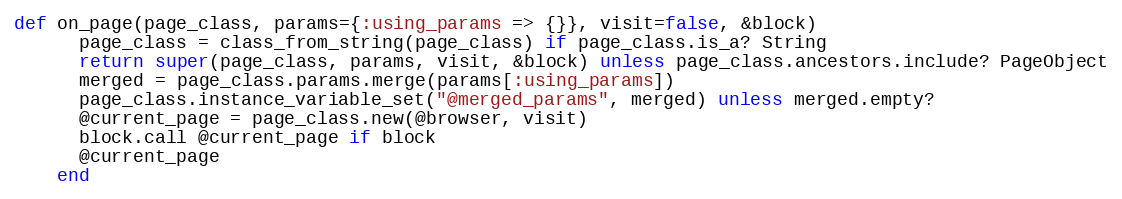
Language: Ruby
def on_page(page_class, params={:using_params => {}}, visit=false, &block)
      page_class = class_from_string(page_class) if page_class.is_a? String
      return super(page_class, params, visit, &block) unless page_class.ancestors.include? PageObject
      merged = page_class.params.merge(params[:using_params])
      page_class.instance_variable_set("@merged_params", merged) unless merged.empty?
      @current_page = page_class.new(@browser, visit)
      block.call @current_page if block
      @current_page
    end